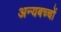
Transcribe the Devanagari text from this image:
अन्यबच्चों